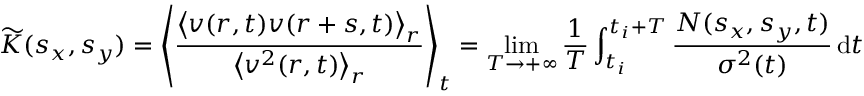
\widetilde { K } ( s _ { x } , s _ { y } ) = \left\langle \frac { \big \langle v ( r , t ) v ( r + s , t ) \big \rangle _ { r } } { \big \langle v ^ { 2 } ( r , t ) \big \rangle _ { r } } \right\rangle _ { t } = \operatorname* { l i m } _ { T \rightarrow + \infty } \frac { 1 } { T } \int _ { t _ { i } } ^ { t _ { i } + T } \frac { N ( s _ { x } , s _ { y } , t ) } { \sigma ^ { 2 } ( t ) } \mathop { } \! \mathrm { d } t